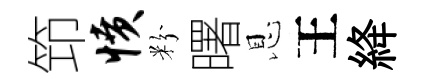
笻愤粉曙恩王絳